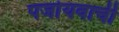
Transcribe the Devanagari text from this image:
पर्जायवाची